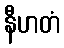
နီဟတံ